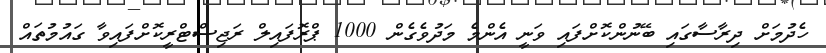
ހެދުމަށް ދިރާސާގައި ބޭނުންކޮށްފައި ވަނީ އެންމެ މަދުވެގެން 1000 ޕްރޮފައިލް ރަޖިސްޓްރީކޮށްފައިވާ ގައުމުތައް